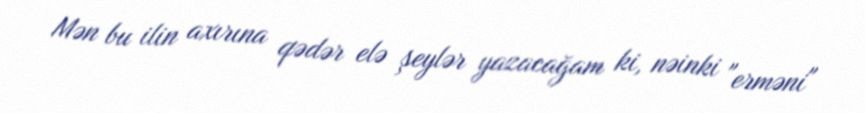
Mən bu ilin axırına qədər elə şeylər yazacağam ki, nəinki "erməni"